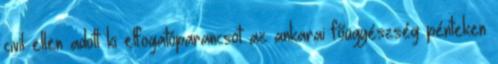
civil ellen adott ki elfogatóparancsot az ankarai főügyészség pénteken